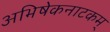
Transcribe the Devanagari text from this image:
अभिषेकनाटकम्